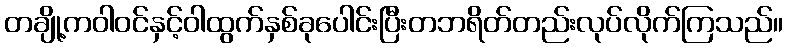
တချို့ကဝါဝင်နှင့်ဝါထွက်နှစ်ခုပေါင်းပြီးတဘရိတ်တည်းလုပ်လိုက်ကြသည်။